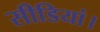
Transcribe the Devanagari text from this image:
सीडियां।